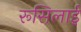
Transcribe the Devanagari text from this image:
रूसिलाई